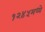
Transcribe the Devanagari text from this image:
१२४५मध्ये